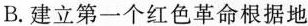
B.建立第一个红色革命根据地